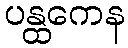
ပန္ထကေန